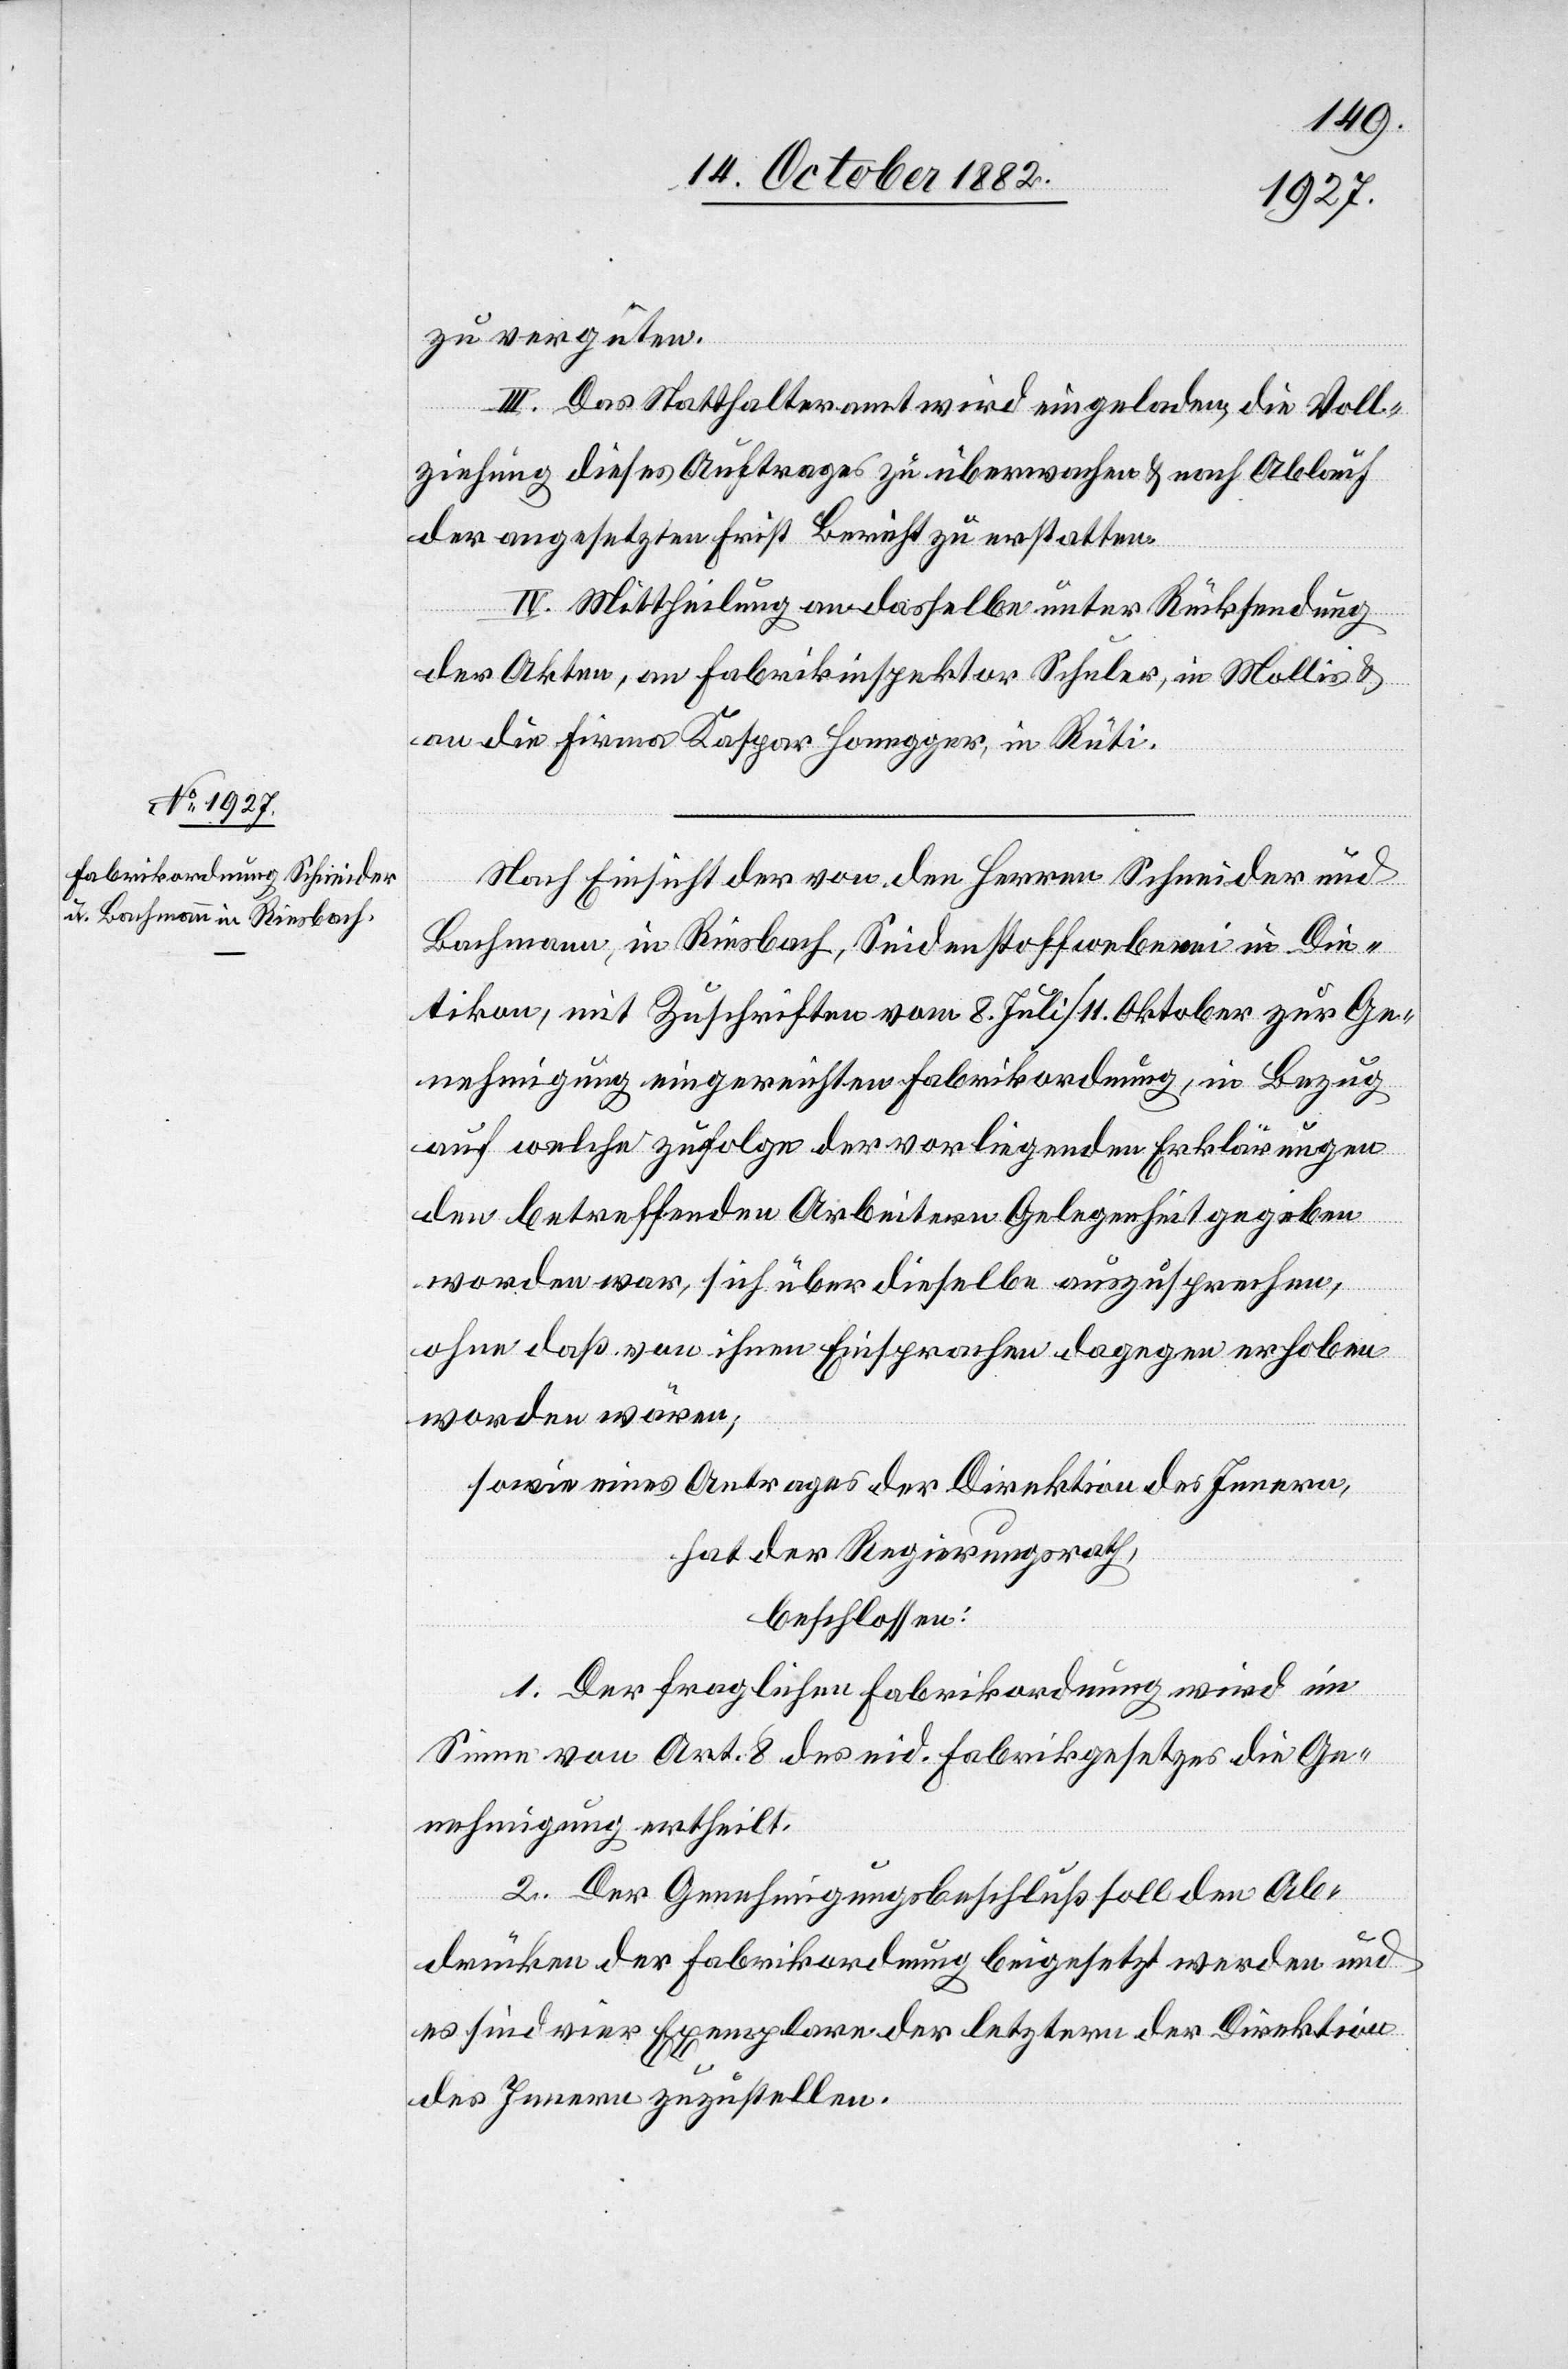
zu vergüten.
III. Das Statthalteramt wird eingeladen, die Voll¬
ziehung dieses Auftrages zu überwachen & nach Ablauf
der angesetzten Frist Bericht zu erstatten.
IV. Mittheilung an dasselbe unter Rücksendung
der Akten, an Fabrikinspektor Schuler, in Mollis &
an die Firma Kaspar Honegger, in Rüti.
Nach Einsicht der von den Herren Schneider und
Bachmann, in Riesbach, Seidenstoffweberei in Die¬
tikon, mit Zuschriften vom 8. Juli/11. Oktober zur Ge¬
nehmigung eingereichten Fabrikordnung, in Bezug
auf welche zufolge der vorliegenden Erklärungen
den betreffenden Arbeitern Gelegenheit gegeben
worden war, sich über dieselbe auszusprechen,
ohne daß von ihnen Einsprachen dagegen erhoben
worden wären;
sowie eines Antrages der Direktion des Innern,
hat der Regierungsrath,
beschlossen:
1. Der fraglichen Fabrikordnung wird im
Sinne von Art. 8 des eid. Fabrikgesetzes die Ge¬
nehmigung ertheilt.
2. Der Genehmigungsbeschluß soll den Ab¬
drücken der Fabrikordnung beigesetzt werden und
es sind vier Exemplare der letztern der Direktion
des Innern zuzustellen.